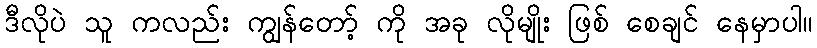
ဒီလိုပဲ သူ ကလည်း ကျွန်တော့် ကို အခု လိုမျိုး ဖြစ် စေချင် နေမှာပါ။